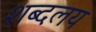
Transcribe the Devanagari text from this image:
शब्दलय